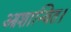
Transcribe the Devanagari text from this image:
आशान्वित।